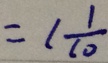
= 1 \frac { 1 } { 1 0 }